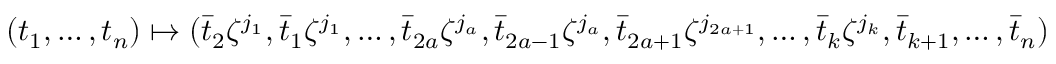
\begin{array} { r } { ( t _ { 1 } , \dotsc , t _ { n } ) \mapsto ( \bar { t } _ { 2 } \zeta ^ { j _ { 1 } } , \bar { t } _ { 1 } \zeta ^ { j _ { 1 } } , \dotsc , \bar { t } _ { 2 a } \zeta ^ { j _ { a } } , \bar { t } _ { 2 a - 1 } \zeta ^ { j _ { a } } , \bar { t } _ { 2 a + 1 } \zeta ^ { j _ { 2 a + 1 } } , \dotsc , \bar { t } _ { k } \zeta ^ { j _ { k } } , \bar { t } _ { k + 1 } , \dotsc , \bar { t } _ { n } ) } \end{array}